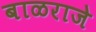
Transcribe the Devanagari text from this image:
बाळराजे